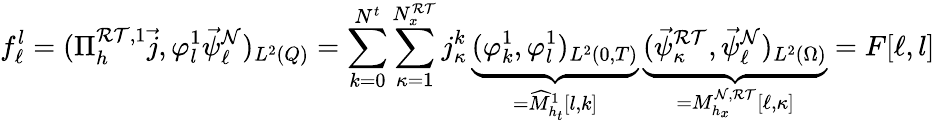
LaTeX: f_{\ell}^{l}=(\Pi_{h}^{\mathcal{RT},1}\vec{j},\varphi_{l}^{1}\vec{\psi}_{\ell}^{\mathcal{N}})_{L^{2}(Q)}=\sum_{k=0}^{N^{t}}\sum_{\kappa=1}^{N_{x}^{\mathcal{RT}}}j_{\kappa}^{k}\, \underbrace{(\varphi_{k}^{1},\varphi_{l}^{1})_{L^{2}(0,T)}}_{=\widehat M_{h_{t}}^{1}[l,k]}\, \underbrace{(\vec{\psi}_{\kappa}^{\mathcal{RT}},\vec{\psi}_{\ell}^{\mathcal{N}})_{L^{2}(\Omega)}}_{=M_{h_{x}}^{\mathcal{N},\mathcal{RT}}[\ell,\kappa]}=F[\ell,l]